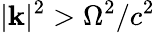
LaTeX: |{\boldsymbol{\mathbf{k}}}|^{2}>\Omega^{2}/c^{2}